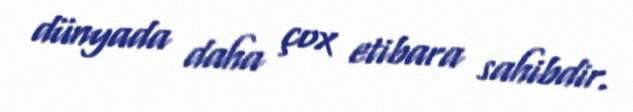
dünyada daha çox etibara sahibdir.